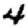
Digit: 4